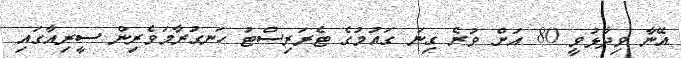
އޭނާ ވިދާޅުވީ 80 އަށް ވުރެ ގިނަ ގައުމުގެ ޓެރަރިސްޓު ހަނގުރާމަވެރިން ސީރިއާގައި